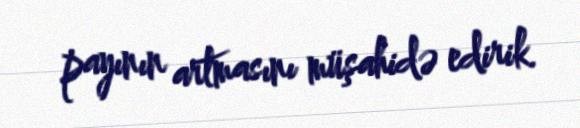
payının artmasını müşahidə edirik.